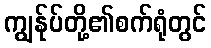
ကျွန်ုပ်တို့၏စက်ရုံတွင်